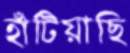
হাঁটিয়াছি